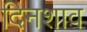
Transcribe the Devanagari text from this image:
दिनशाव